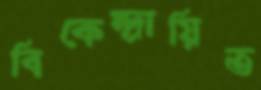
বিকেন্দ্রায়িত